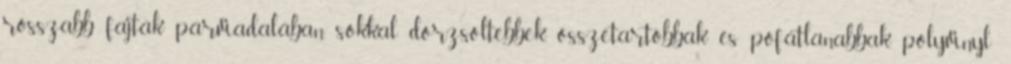
rosszabb fajták párviadalában sokkal dörzsöltebbek, összetartóbbak és pofátlanabbak. polyvinyl: